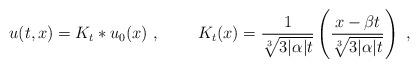
LaTeX: \begin{align*}u(t,x)= K_t \ast u_0(x)\ , \ \ \ \ \ \ \ K_t(x)=\frac{1}{\sqrt[3]{3|\alpha|t}}\left(\frac{x-\beta t}{\sqrt[3]{3|\alpha| t}}\right)\ ,\end{align*}